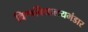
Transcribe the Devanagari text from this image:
विश्वविद्यालयभंडार